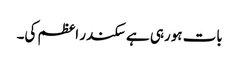
بات ہورہی ہے سکندر اعظم کی۔